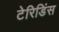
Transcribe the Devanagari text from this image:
टेरिडिंस